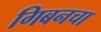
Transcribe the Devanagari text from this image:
गिबनचा